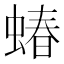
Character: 蝽